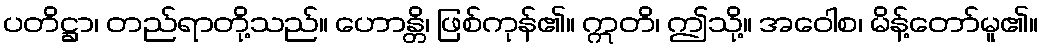
ပတိဋ္ဌာ၊ တည်ရာတို့သည်။ ဟောန္တိ၊ ဖြစ်ကုန်၏။ ဣတိ၊ ဤသို့။ အဝေါစ၊ မိန့်တော်မူ၏။